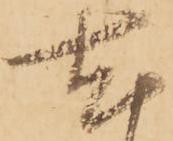
尤